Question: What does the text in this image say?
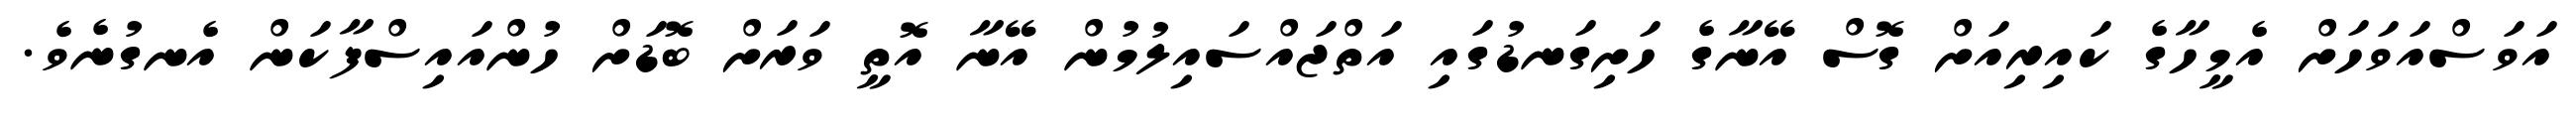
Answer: އަވަސްއަވަހަށް އެމީހާގެ ކައިރިއަށް ގޮސް އޭނާގެ ހަށިގަނޑުގައި އަތްޖައްސައިލުމުން އޭނާ އޮތީ ވަރަށް ބޮޑަށް ހުންއައިސްފާކަން އެނގުނެވެ.